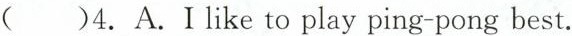
( )4.A.Ilike to play ping-pong best.